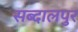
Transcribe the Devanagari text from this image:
सब्दालपुर